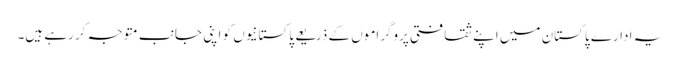
یہ ادارے پاکستان میں اپنے ثقافتی پروگراموں کے ذریعے پاکستانیوں کو اپنی جانب متوجہ کر رہے ہیں۔